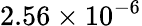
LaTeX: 2.56\times 10^{-6}